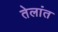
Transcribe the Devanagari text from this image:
तेलांत